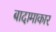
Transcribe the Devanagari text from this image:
बादामाकार